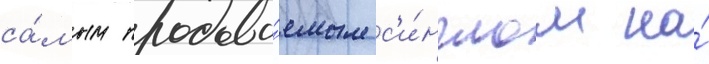
са́мым продава́емым с'и́нглом на́